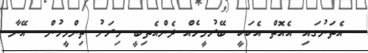
އެތަނުގައި އެއޮތް އެކަކީ ބޭރުމީހެއް ދެންއެތިބީ މިރަށު ތިންމީހުން  އޭނާ